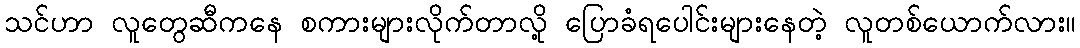
သင်ဟာ လူတွေဆီကနေ စကားများလိုက်တာလို့ ပြောခံရပေါင်းများနေတဲ့ လူတစ်ယောက်လား။